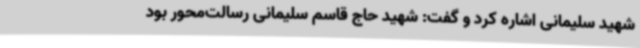
شهید سلیمانی اشاره کرد و گفت: شهید حاج قاسم سلیمانی رسالت‌محور بود